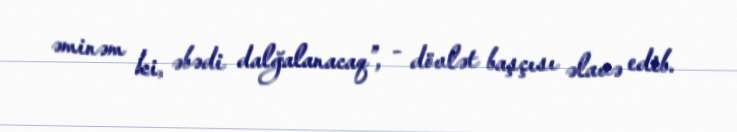
əminəm ki, əbədi dalğalanacaq”, - dövlət başçısı əlavə edib.